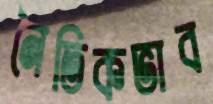
নৈতিকভাব